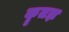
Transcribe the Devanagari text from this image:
कॄतज्ञ